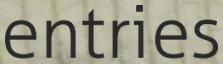
entries